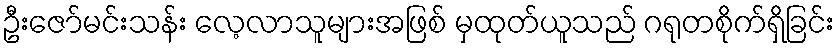
ဦးဇော်မင်းသန်း လေ့လာသူများအဖြစ် မှထုတ်ယူသည် ဂရုတစိုက်ရှိခြင်း